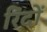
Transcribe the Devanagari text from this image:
रिंदों